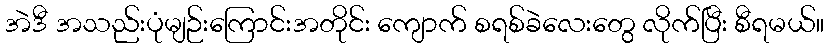
အဲဒီ အသည်းပုံမျဉ်းကြောင်းအတိုင်း ကျောက် စရစ်ခဲလေးတွေ လိုက်ပြီး စီရမယ်။